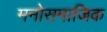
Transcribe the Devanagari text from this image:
मनोसमाजिक